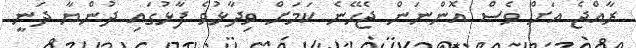
ރާއްޖެ އަށް ވެސް އޮންނަން ޖެހޭނެ ކަމަށް ވިދާޅުވެ ފާޅުގައި ދުންޔާ ދަނީ